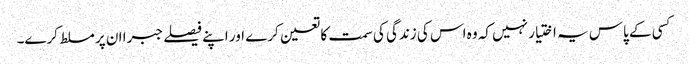
کسی کے پاس یہ اختیار نہیں کہ وہ اس کی زندگی کی سمت کا تعین کرے اور اپنے فیصلے جبرا ان پر مسلط کرے۔